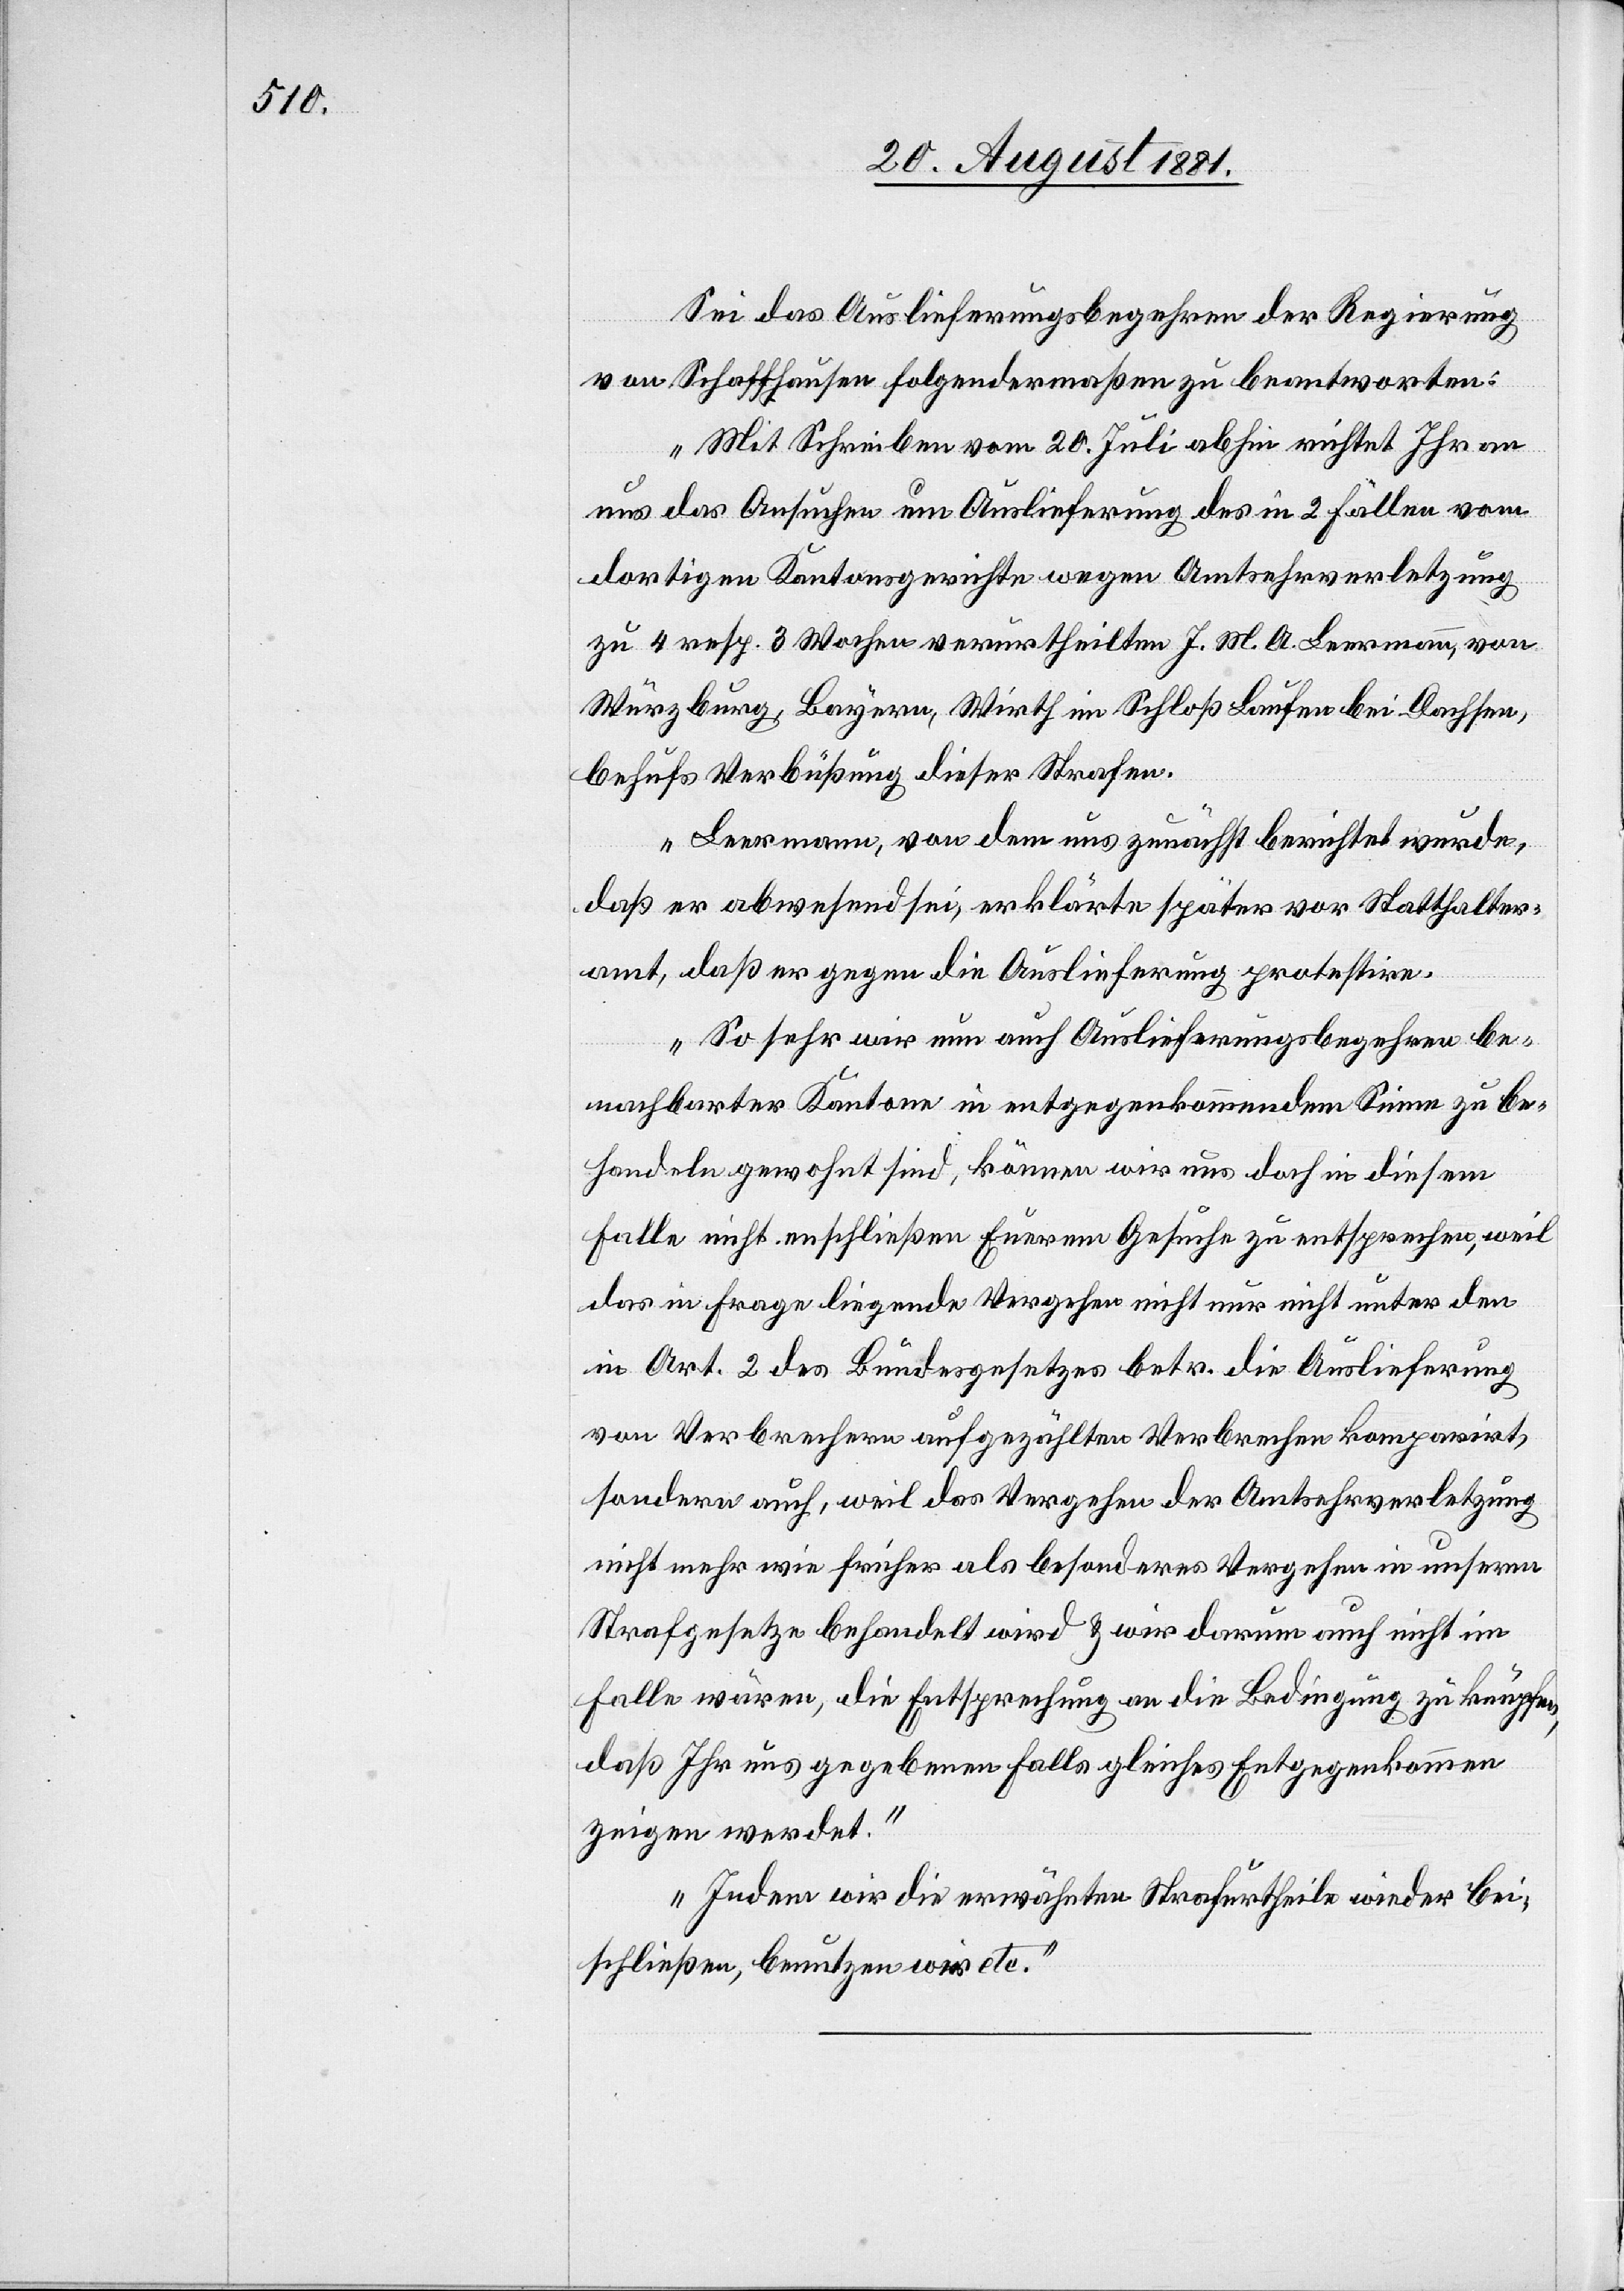
Sei das Auslieferungsbegehren der Regierung
von Schaffhausen folgendermaßen zu beantworten:
„Mit Schreiben vom 20. Juli abhin richtet Ihr an
uns das Ansuchen um Auslieferung des in 2 Fällen vom
dortigen Kantonsgerichte wegen Amtsehrverletzung
zu 4 resp. 3 Wochen verurtheilten J. M. A. Leermann, von
Würzburg, Bayern, Wirth im Schloß Laufen bei Dachsen,
behufs Verbüßung dieser Strafen.
Leermann, von dem uns zunächst berichtet wurde,
daß er abwesend sei, erklärte später vor Statthalter¬
amt, daß er gegen die Auslieferung protestire.
So sehr wir nun auch Auslieferungsbegehren be¬
nachbarter Kantone in entgegenkommendem Sinne zu be¬
handelt gewohnt sind, können wir uns doch in diesem
Falle nicht en[t]schließen Eurem Gesuche zu entsprechen, weil
das in Frage liegende Vergehen nicht nur unter den
in Art. 2 des Bundesgesetzes betr. die Auslieferung
von Verbrechern aufgezählten Verbrechen komparirt,
sondern auch, weil das Vergehen der Amtsehrverletzung
nicht mehr wie früher als besonderes Vergehen in unserm
Strafgesetze behandelt wird & wir darum auch nicht im
Falle wären, die Entsprechung an die Bedingung zu knüpfen,
daß Ihr uns gegebenenfalls gleiches Entgegenkommen
zeigen werdet.
Indem wir die erwähnte Strafurtheile wieder bei¬
schließen, benutzen wir etc.“